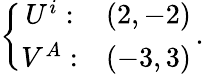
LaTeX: \left\{ \begin{array}{cc}{{U^{i}:}}&{{(2,-2)}}\\ {{V^{A}:}}&{{(-3,3)}}\end{array}\right.\, .